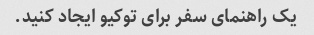
یک راهنمای سفر برای توکیو ایجاد کنید.